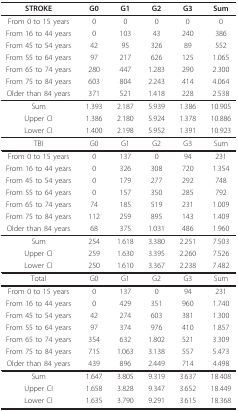
<table><thead><tr><td><b>STROKE</b></td><td><b>G0</b></td><td><b>G1</b></td><td><b>G2</b></td><td><b>G3</b></td><td><b>Sum</b></td></tr></thead><tbody><tr><td>From 0 to 15 years</td><td>0</td><td>0</td><td>0</td><td>0</td><td>0</td></tr><tr><td>From 16 to 44 years</td><td>0</td><td>103</td><td>43</td><td>240</td><td>386</td></tr><tr><td>From 45 to 54 years</td><td>42</td><td>95</td><td>326</td><td>89</td><td>552</td></tr><tr><td>From 55 to 64 years</td><td>97</td><td>217</td><td>626</td><td>125</td><td>1.065</td></tr><tr><td>From 65 to 74 years</td><td>280</td><td>447</td><td>1.283</td><td>290</td><td>2.300</td></tr><tr><td>From 75 to 84 years</td><td>603</td><td>804</td><td>2.243</td><td>414</td><td>4.064</td></tr><tr><td>Older than 84 years</td><td>371</td><td>521</td><td>1.418</td><td>228</td><td>2.538</td></tr><tr><td>Sum</td><td>1.393</td><td>2.187</td><td>5.939</td><td>1.386</td><td>10.905</td></tr><tr><td>Upper CI</td><td>1.386</td><td>2.180</td><td>5.924</td><td>1.378</td><td>10.886</td></tr><tr><td>Lower CI</td><td>1.400</td><td>2.198</td><td>5.952</td><td>1.391</td><td>10.923</td></tr><tr><td>TBI</td><td>G0</td><td>G1</td><td>G2</td><td>G3</td><td>Sum</td></tr><tr><td>From 0 to 15 years</td><td>0</td><td>137</td><td>0</td><td>94</td><td>231</td></tr><tr><td>From 16 to 44 years</td><td>0</td><td>326</td><td>308</td><td>720</td><td>1.354</td></tr><tr><td>From 45 to 54 years</td><td>0</td><td>179</td><td>277</td><td>292</td><td>748</td></tr><tr><td>From 55 to 64 years</td><td>0</td><td>157</td><td>350</td><td>285</td><td>792</td></tr><tr><td>From 65 to 74 years</td><td>74</td><td>185</td><td>519</td><td>231</td><td>1.009</td></tr><tr><td>From 75 to 84 years</td><td>112</td><td>259</td><td>895</td><td>143</td><td>1.409</td></tr><tr><td>Older than 84 years</td><td>68</td><td>375</td><td>1.031</td><td>486</td><td>1.960</td></tr><tr><td>Sum</td><td>254</td><td>1.618</td><td>3.380</td><td>2.251</td><td>7.503</td></tr><tr><td>Upper CI</td><td>259</td><td>1.630</td><td>3.395</td><td>2.260</td><td>7.526</td></tr><tr><td>Lower CI</td><td>250</td><td>1.610</td><td>3.367</td><td>2.238</td><td>7.482</td></tr><tr><td>Total</td><td>G0</td><td>G1</td><td>G2</td><td>G3</td><td>Sum</td></tr><tr><td>From 0 to 15 years</td><td>0</td><td>137</td><td>0</td><td>94</td><td>231</td></tr><tr><td>From 16 to 44 years</td><td>0</td><td>429</td><td>351</td><td>960</td><td>1.740</td></tr><tr><td>From 45 to 54 years</td><td>42</td><td>274</td><td>603</td><td>381</td><td>1.300</td></tr><tr><td>From 55 to 64 years</td><td>97</td><td>374</td><td>976</td><td>410</td><td>1.857</td></tr><tr><td>From 65 to 74 years</td><td>354</td><td>632</td><td>1.802</td><td>521</td><td>3.309</td></tr><tr><td>From 75 to 84 years</td><td>715</td><td>1.063</td><td>3.138</td><td>557</td><td>5.473</td></tr><tr><td>Older than 84 years</td><td>439</td><td>896</td><td>2.449</td><td>714</td><td>4.498</td></tr><tr><td>Sum</td><td>1.647</td><td>3.805</td><td>9.319</td><td>3.637</td><td>18.408</td></tr><tr><td>Upper CI</td><td>1.658</td><td>3.828</td><td>9.347</td><td>3.652</td><td>18.449</td></tr><tr><td>Lower CI</td><td>1.635</td><td>3.790</td><td>9.291</td><td>3.615</td><td>18.368</td></tr></tbody></table>